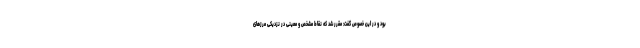
بود و در این خصوص گفت: مقرر شد که نقاط مشخص و معینی در نزدیکی مرزهای